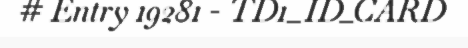
# Entry 19281 - TD1_ID_CARD